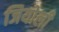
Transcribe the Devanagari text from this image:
जियोली